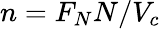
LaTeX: n=F_{N}N/V_{c}